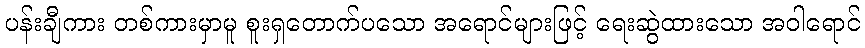
ပန်းချီကား တစ်ကားမှာမူ စူးရှတောက်ပသော အရောင်များဖြင့် ရေးဆွဲထားသော အဝါရောင်